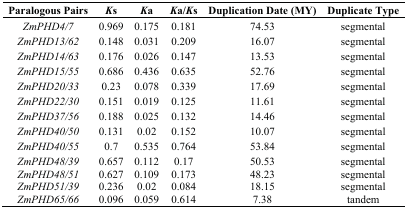
<table><thead><tr><td><b>Paralogous Pairs</b></td><td><b><i>K</i>s</b></td><td><b><i>K</i>a</b></td><td><b><i>K</i>a/<i>K</i>s</b></td><td><b>Duplication Date (MY)</b></td><td><b>Duplicate Type</b></td></tr></thead><tbody><tr><td><i>ZmPHD4/7</i></td><td>0.969</td><td>0.175</td><td>0.181</td><td>74.53</td><td>segmental</td></tr><tr><td><i>ZmPHD13/62</i></td><td>0.148</td><td>0.031</td><td>0.209</td><td>16.07</td><td>segmental</td></tr><tr><td><i>ZmPHD14/63</i></td><td>0.176</td><td>0.026</td><td>0.147</td><td>13.53</td><td>segmental</td></tr><tr><td><i>ZmPHD15/55</i></td><td>0.686</td><td>0.436</td><td>0.635</td><td>52.76</td><td>segmental</td></tr><tr><td><i>ZmPHD20/33</i></td><td>0.23</td><td>0.078</td><td>0.339</td><td>17.69</td><td>segmental</td></tr><tr><td><i>ZmPHD22/30</i></td><td>0.151</td><td>0.019</td><td>0.125</td><td>11.61</td><td>segmental</td></tr><tr><td><i>ZmPHD37/56</i></td><td>0.188</td><td>0.025</td><td>0.132</td><td>14.46</td><td>segmental</td></tr><tr><td><i>ZmPHD40/50</i></td><td>0.131</td><td>0.02</td><td>0.152</td><td>10.07</td><td>segmental</td></tr><tr><td><i>ZmPHD40/55</i></td><td>0.7</td><td>0.535</td><td>0.764</td><td>53.84</td><td>segmental</td></tr><tr><td><i>ZmPHD48/39</i></td><td>0.657</td><td>0.112</td><td>0.17</td><td>50.53</td><td>segmental</td></tr><tr><td><i>ZmPHD48/51</i></td><td>0.627</td><td>0.109</td><td>0.173</td><td>48.23</td><td>segmental</td></tr><tr><td><i>ZmPHD51/39</i></td><td>0.236</td><td>0.02</td><td>0.084</td><td>18.15</td><td>segmental</td></tr><tr><td><i>ZmPHD65/66</i></td><td>0.096</td><td>0.059</td><td>0.614</td><td>7.38</td><td>tandem</td></tr></tbody></table>